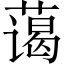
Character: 蔼